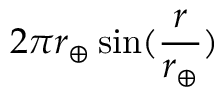
2 \pi r _ { \oplus } \sin ( \frac { r } { r _ { \oplus } } )